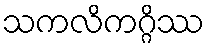
သကလိကဂ္ဂိဿ